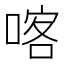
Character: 喀